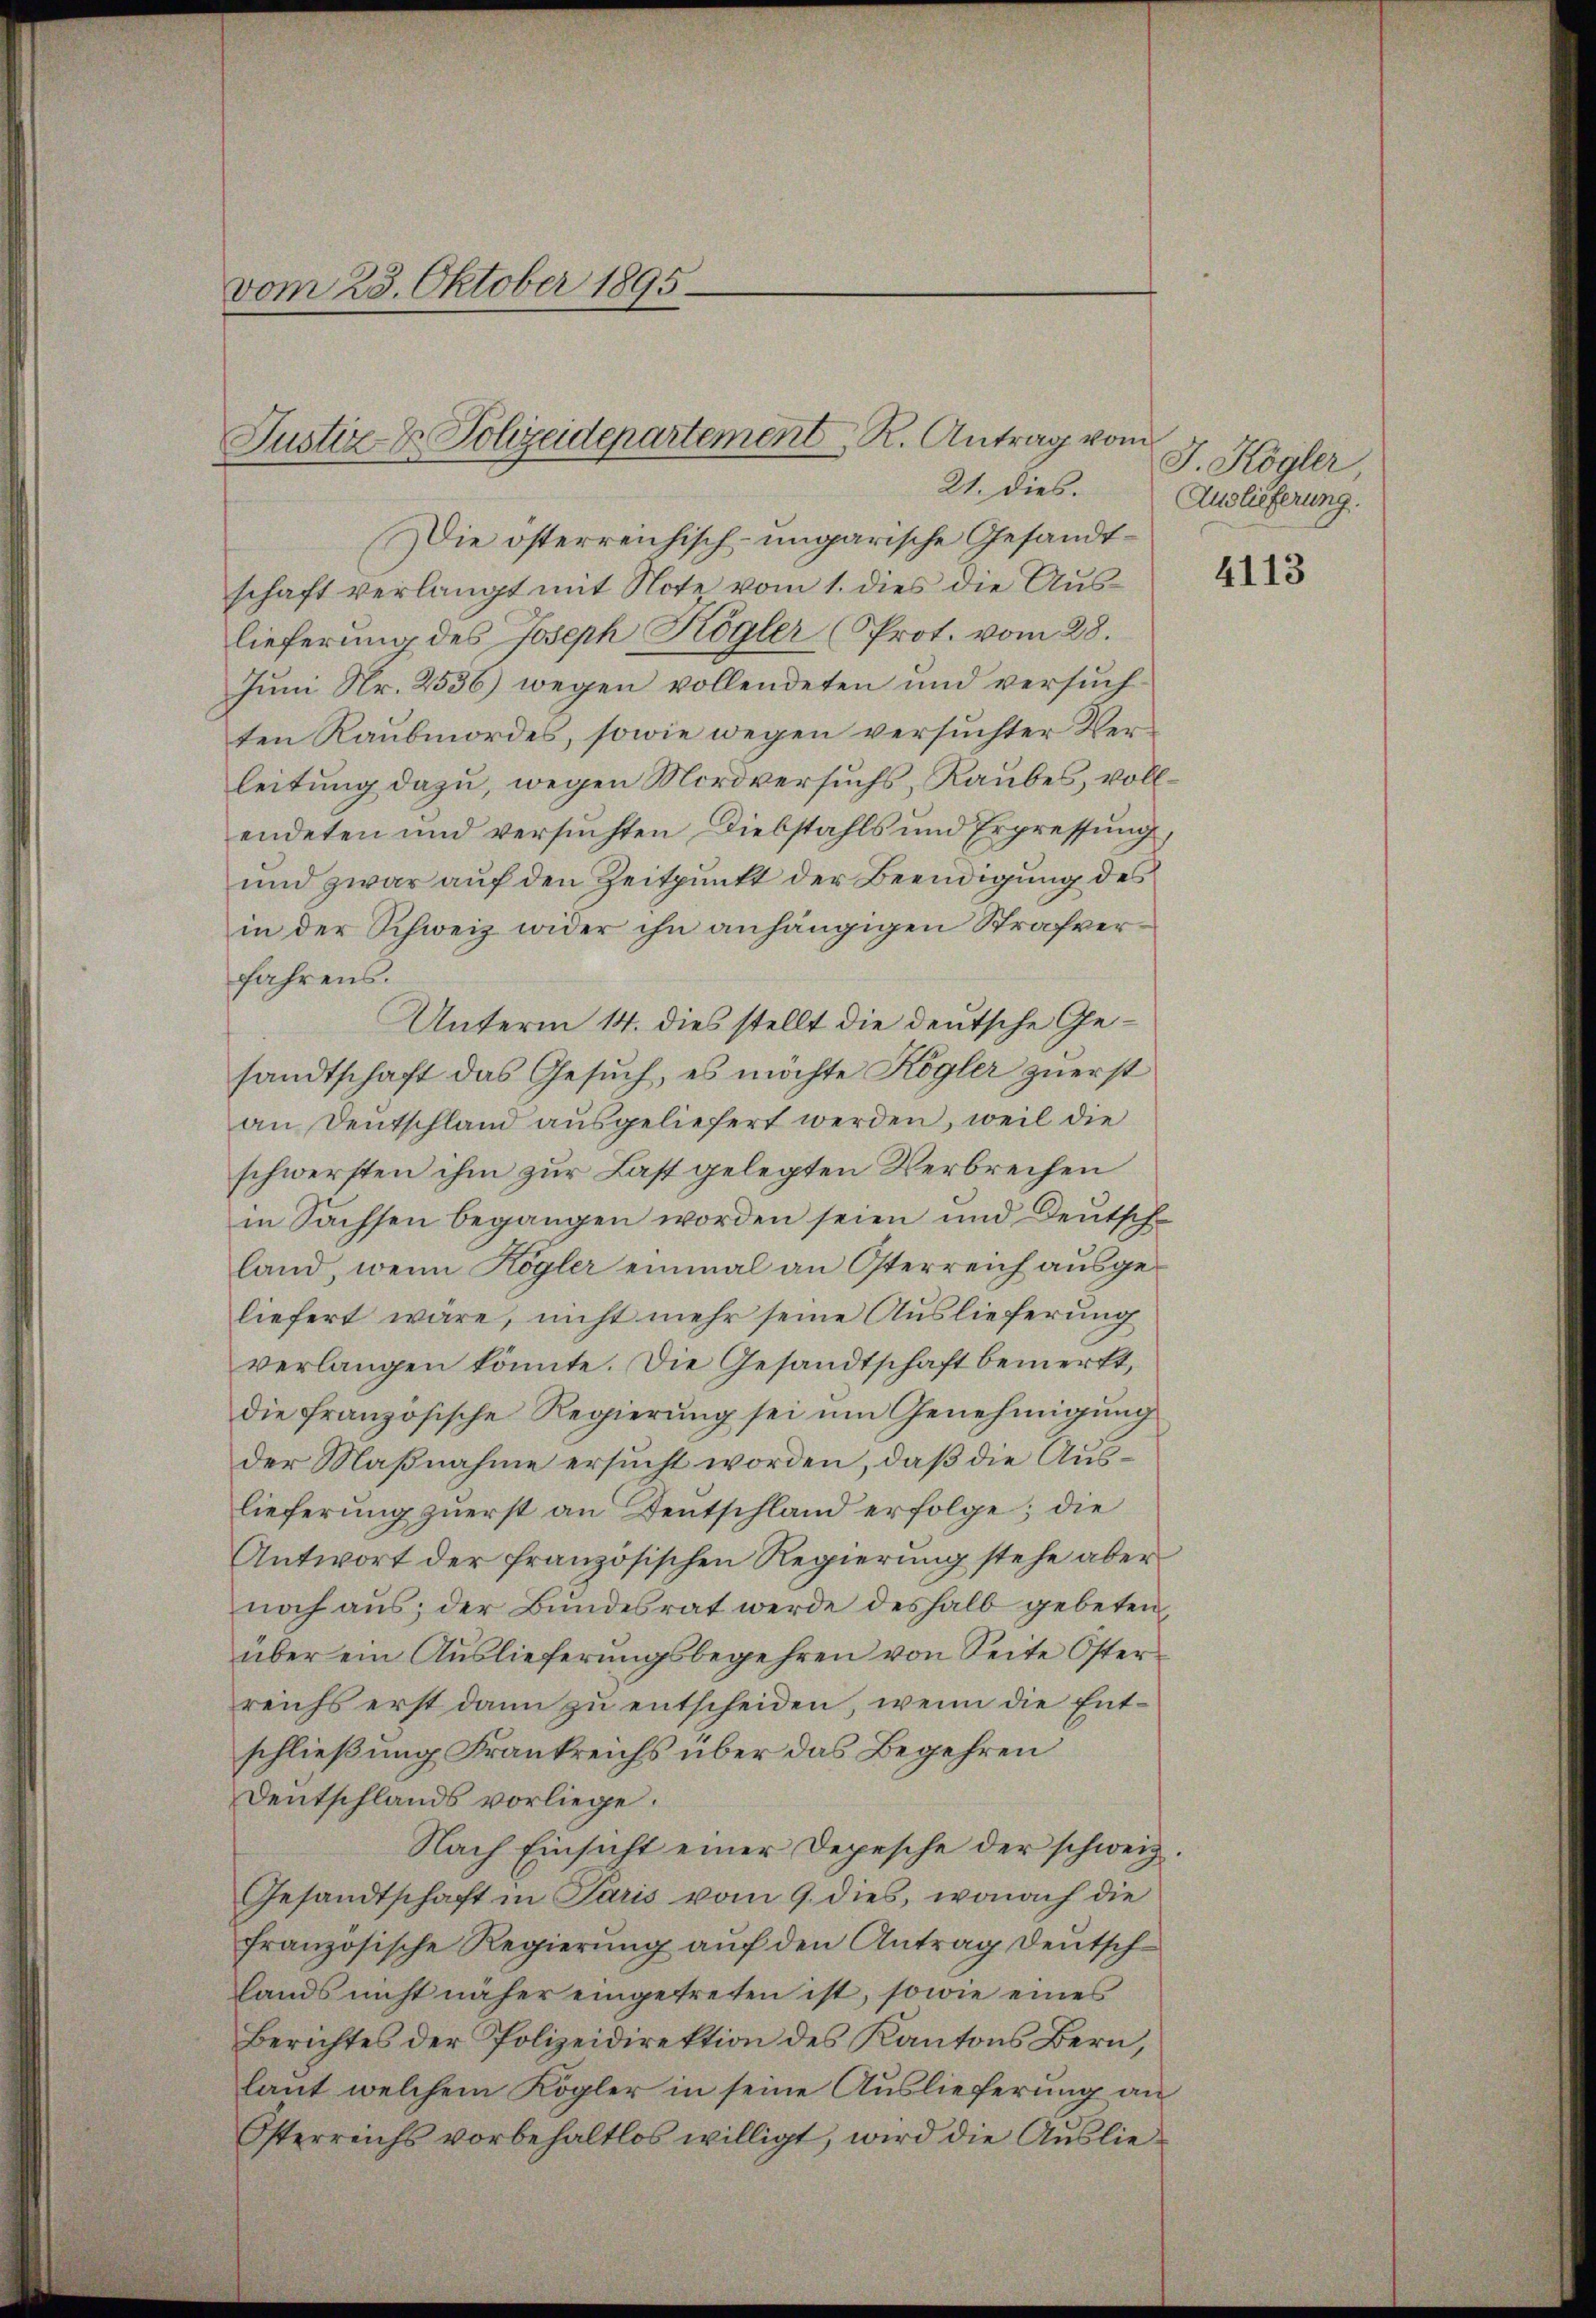
vom 23. Oktober 1895.
Justiz & Polizeidepartement R. Antrag vom

Die österreichisch-ungarische Gesandtschaft verlangt mit Note vom 1. dies die Auslieferung des Joseph Kögler (Prot. vom 28.
Jŭni Nr. 2536) wegen vollendeten und versuch-
ten Raubmordes, sowie wegen versuchter Verleitung dazu, wegen Mordversuchs, Raubes, vollendeten und versuchten Diebstahls und Erpressung
und zwar auf den Zeitpunkt der Beendigung des
in der Schweiz wider ihn anhängigen Strafverfahrens.
Unterm 14. dies stellt die deutsche Gesandtschaft das Gesuch, es möchte Kogler zuerst
an Deutschland ausgeliefert werden, weil die
schwersten ihm zur Last gelegten Verbrechen
in Sachsen begangen worden seien und Deutsch-
land, wenn Kogler einmal an Osterreich ausgeliefert wäre, nicht mehr seine Auslieferung
verlangen könnte. Die Gesandtschaft bemerkt,
die französische Regierung sei um Genehmigung
der Maßnahme ersucht worden, daß die Auslieferung zuerst an Deutschland erfolge; die
Antwort der französischen Regierung stehe aber
noch aus; der Bundesrat werde deshalb gebeten,
über ein Auslieferŭngsbegehren von Seite Oster
reichs erst dann zu entscheiden, wenn die Entschließung Frankreichs über das Begehren
Deutschlands vorliege.
Nach Einsicht einer Depesche der schweiz.
Gesandtschaft in Paris vom 9. dies, wonach die
französische Regierŭng aŭf den Antrag Deutsch-
lands nicht näher eingetreten ist, sowie eines
Berichtes der Polizeidirektion des Kantons Bern,
laut welchem Kögler in seine Auslieferung an
Österreichs vorbehaltlos willigt, wird die Auslie¬

21. dies.

J. Kögler
Auslieferung.

4113